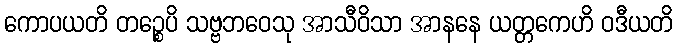
ကောပယတိ တဉ္စေပိ သဗ္ဗဘဝေသု အာသီဝိသာ အာနနေ ယတ္တကေဟိ ဝဒီယတိ